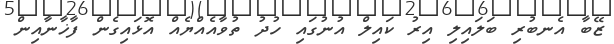
ޒޭބާ އެނބުރި ބަލައިލި އިރު ކައިލް އުނުގައި ހުދު ތުވާއެއްޔެއް އޮޅައިގެން ފާޚާނާއިން